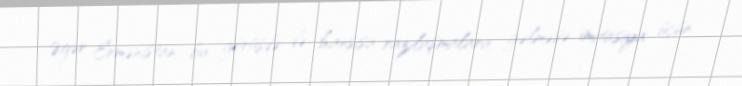
Əgər Ermənistan bu görüşdə də hansısa razılaşmalara gəlməsə, imitasiya üçün